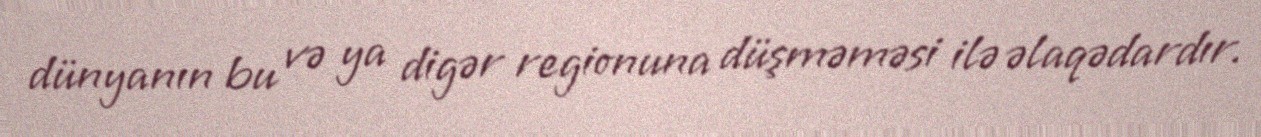
dünyanın bu və ya digər regionuna düşməməsi ilə əlaqədardır.